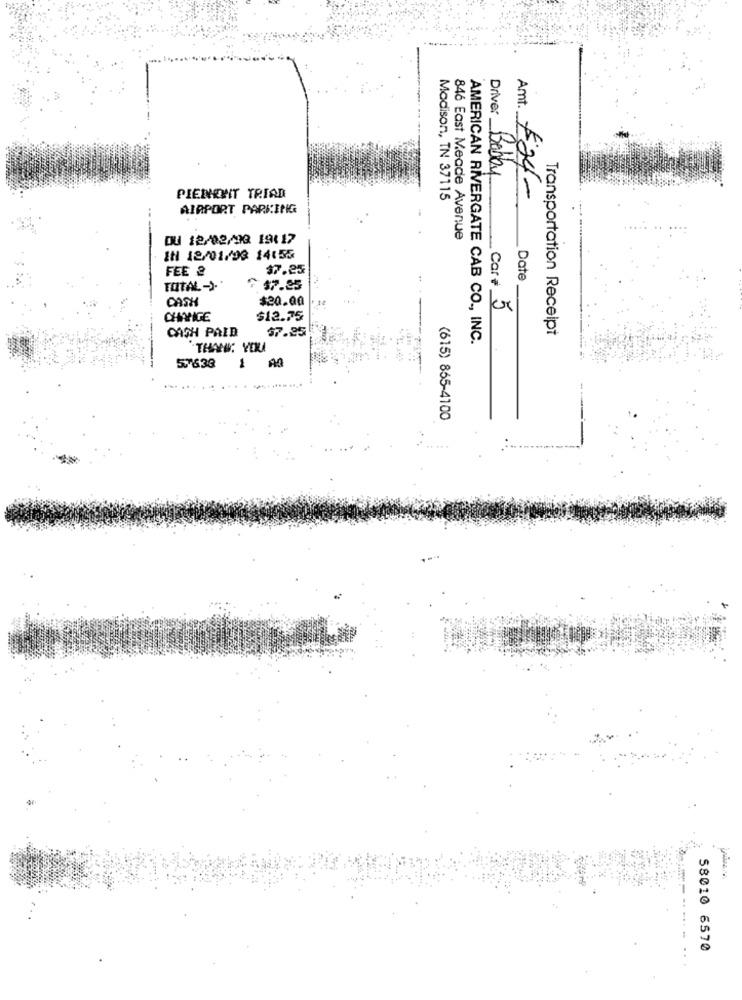
Driver
Bobby
PIENENIT TRIAD
Madison, TN 37115
Amt. F24-
AIRPORT PARKING
DU 12/02/13 19:17
846 East Meade Avenue
IN 12/01/03 14:55
FEE 2
37.25
Date
TOTAL -).
$7.25
CASH
$20.00
Car# 5
CHINIGE
$12.75
67.25
Transportation Receipt
CASH PAID
AMERICAN RIVERGATE CAB CO ., INC.
THANK: YERLA
57638
AQ
(615) 855-4100
58010 6570